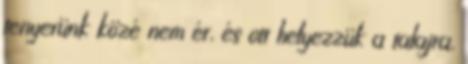
tenyerünk közé nem ér, és ott helyezzük a talajra,